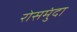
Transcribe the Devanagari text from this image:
रोसमुंदा